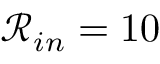
\mathcal { R } _ { i n } = 1 0